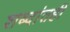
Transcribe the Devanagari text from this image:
शब्दांतही